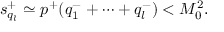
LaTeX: s _ { q _ { l } } ^ { + } \simeq p ^ { + } ( q _ { 1 } ^ { - } + \cdots + q _ { l } ^ { - } ) < M _ { 0 } ^ { 2 } .